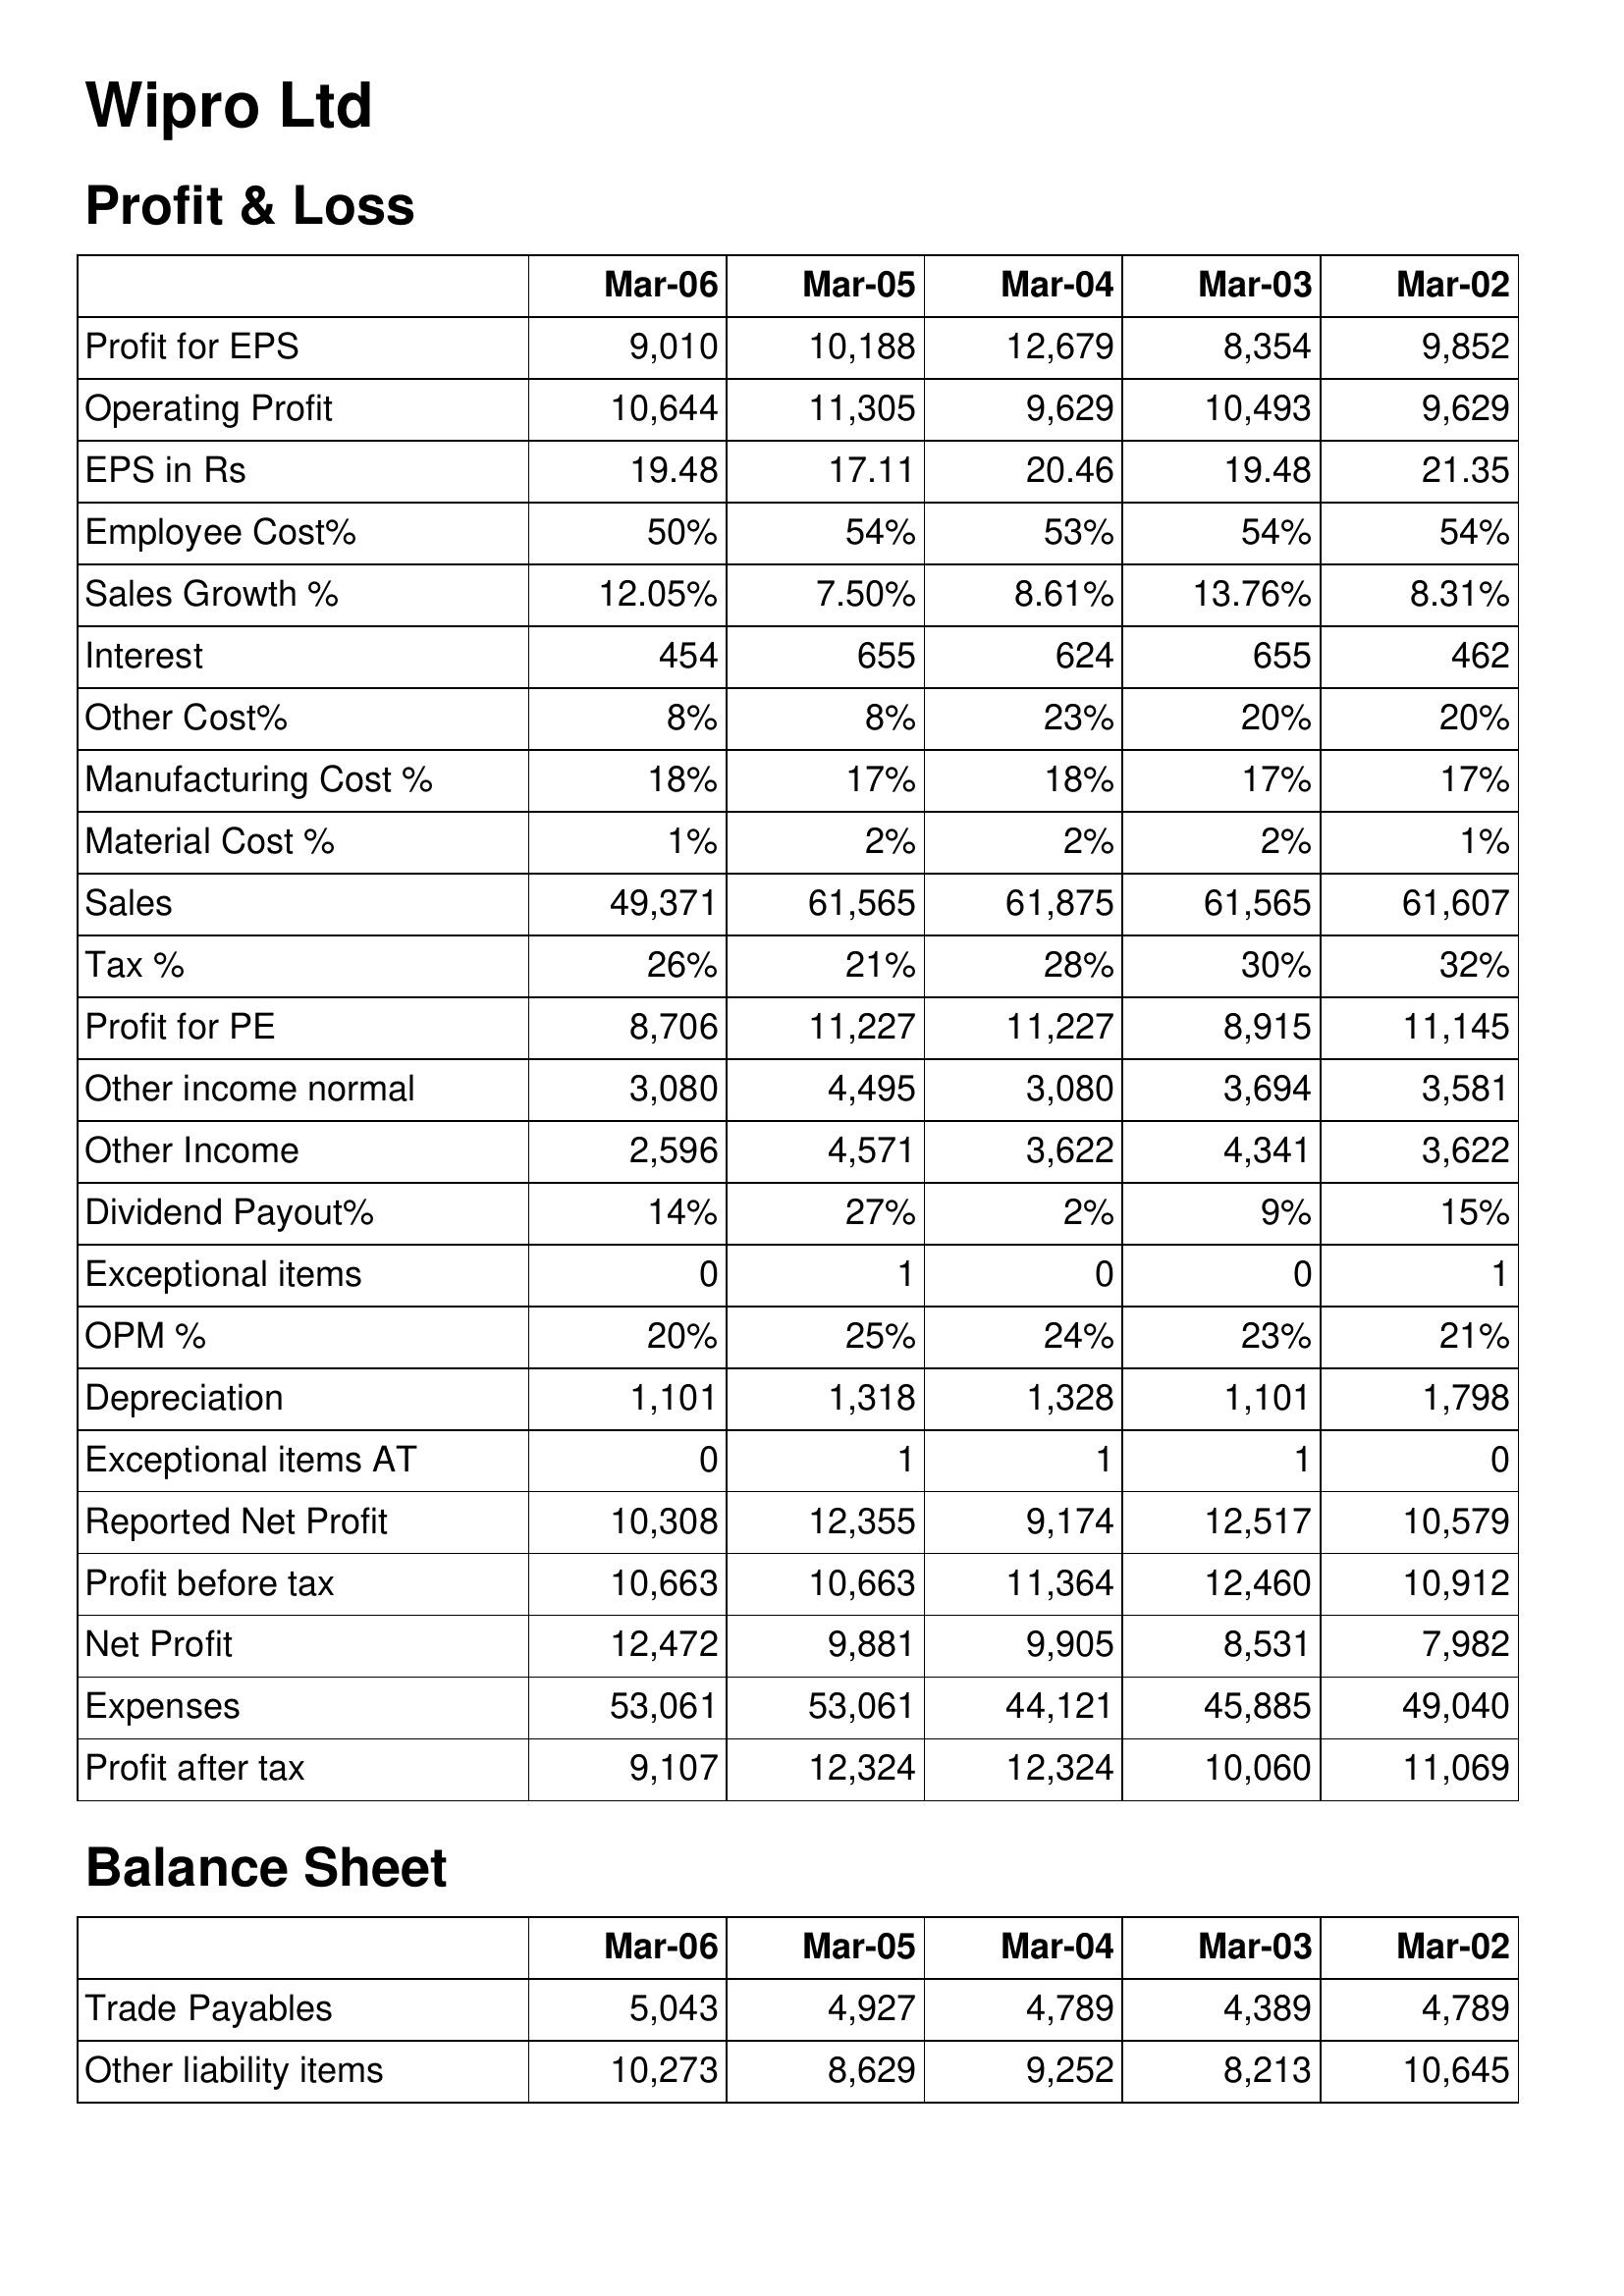
Mar-06: Profit & Loss: Profit for EPS: 9,010
Operating Profit: 10,644
EPS in Rs: 19.48
Employee Cost%: 50%
Sales Growth %: 12.05%
Interest: 454
Other Cost%: 8%
Manufacturing Cost %: 18%
Material Cost %: 1%
Sales: 49,371
Tax %: 26%
Profit for PE: 8,706
Other income normal: 3,080
Other Income: 2,596
Dividend Payout%: 14%
Exceptional items: 0
OPM %: 20%
Depreciation: 1,101
Exceptional items AT: 0
Reported Net Profit: 10,308
Profit before tax: 10,663
Net Profit: 12,472
Expenses: 53,061
Profit after tax: 9,107
Balance Sheet: Trade Payables: 5,043
Other liability items: 10,273
Mar-05: Profit & Loss: Profit for EPS: 10,188
Operating Profit: 11,305
EPS in Rs: 17.11
Employee Cost%: 54%
Sales Growth %: 7.50%
Interest: 655
Other Cost%: 8%
Manufacturing Cost %: 17%
Material Cost %: 2%
Sales: 61,565
Tax %: 21%
Profit for PE: 11,227
Other income normal: 4,495
Other Income: 4,571
Dividend Payout%: 27%
Exceptional items: 1
OPM %: 25%
Depreciation: 1,318
Exceptional items AT: 1
Reported Net Profit: 12,355
Profit before tax: 10,663
Net Profit: 9,881
Expenses: 53,061
Profit after tax: 12,324
Balance Sheet: Trade Payables: 4,927
Other liability items: 8,629
Mar-04: Profit & Loss: Profit for EPS: 12,679
Operating Profit: 9,629
EPS in Rs: 20.46
Employee Cost%: 53%
Sales Growth %: 8.61%
Interest: 624
Other Cost%: 23%
Manufacturing Cost %: 18%
Material Cost %: 2%
Sales: 61,875
Tax %: 28%
Profit for PE: 11,227
Other income normal: 3,080
Other Income: 3,622
Dividend Payout%: 2%
Exceptional items: 0
OPM %: 24%
Depreciation: 1,328
Exceptional items AT: 1
Reported Net Profit: 9,174
Profit before tax: 11,364
Net Profit: 9,905
Expenses: 44,121
Profit after tax: 12,324
Balance Sheet: Trade Payables: 4,789
Other liability items: 9,252
Mar-03: Profit & Loss: Profit for EPS: 8,354
Operating Profit: 10,493
EPS in Rs: 19.48
Employee Cost%: 54%
Sales Growth %: 13.76%
Interest: 655
Other Cost%: 20%
Manufacturing Cost %: 17%
Material Cost %: 2%
Sales: 61,565
Tax %: 30%
Profit for PE: 8,915
Other income normal: 3,694
Other Income: 4,341
Dividend Payout%: 9%
Exceptional items: 0
OPM %: 23%
Depreciation: 1,101
Exceptional items AT: 1
Reported Net Profit: 12,517
Profit before tax: 12,460
Net Profit: 8,531
Expenses: 45,885
Profit after tax: 10,060
Balance Sheet: Trade Payables: 4,389
Other liability items: 8,213
Mar-02: Profit & Loss: Profit for EPS: 9,852
Operating Profit: 9,629
EPS in Rs: 21.35
Employee Cost%: 54%
Sales Growth %: 8.31%
Interest: 462
Other Cost%: 20%
Manufacturing Cost %: 17%
Material Cost %: 1%
Sales: 61,607
Tax %: 32%
Profit for PE: 11,145
Other income normal: 3,581
Other Income: 3,622
Dividend Payout%: 15%
Exceptional items: 1
OPM %: 21%
Depreciation: 1,798
Exceptional items AT: 0
Reported Net Profit: 10,579
Profit before tax: 10,912
Net Profit: 7,982
Expenses: 49,040
Profit after tax: 11,069
Balance Sheet: Trade Payables: 4,789
Other liability items: 10,645